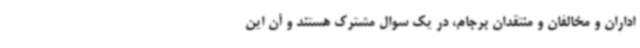
اداران و مخالفان و منتقدان برجام، در یک سوال مشترک هستند و آن این